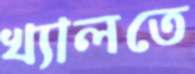
খ্যালতে